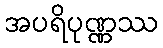
အပရိပုဏ္ဏဿ